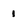
Character: 1